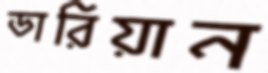
ডারিয়ান